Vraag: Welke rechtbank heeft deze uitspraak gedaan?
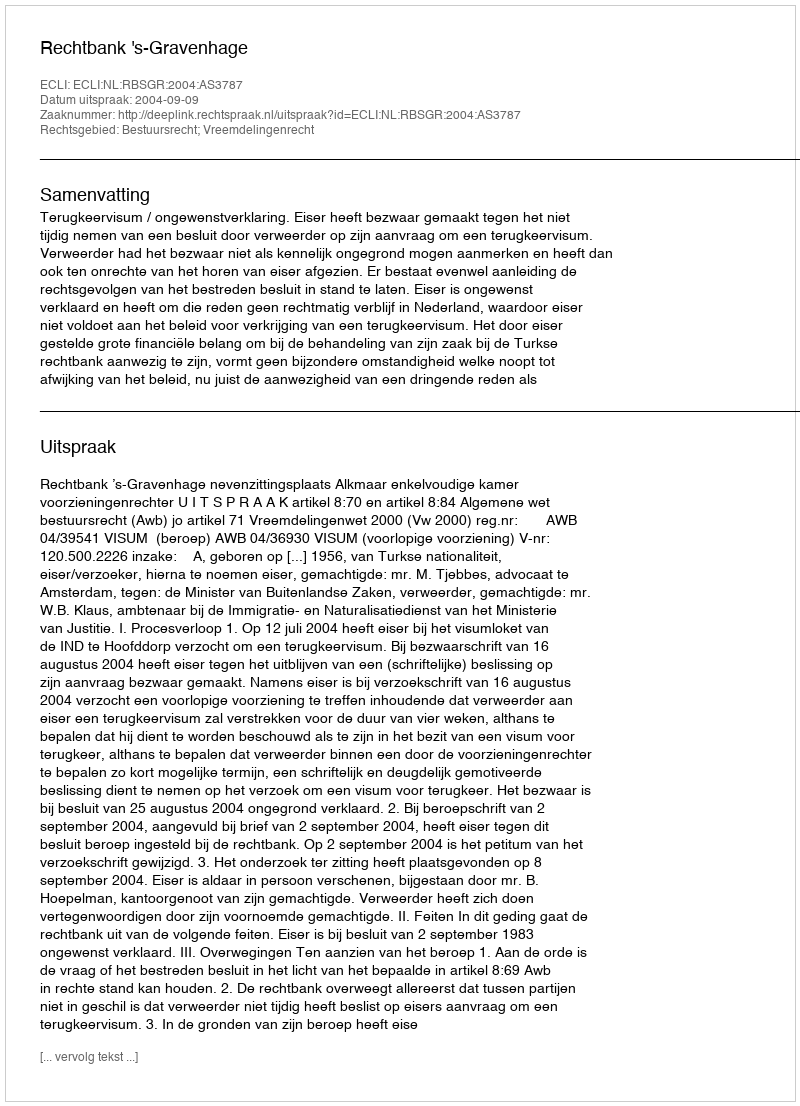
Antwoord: Rechtbank 's-Gravenhage